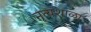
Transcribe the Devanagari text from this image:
नृत्यशाळा